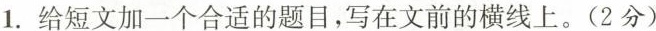
1.给短文加一个合适的题目，写在文前的横线上。(2分)